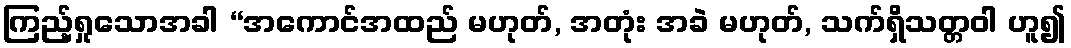
ကြည့်ရှုသောအခါ “အကောင်အထည် မဟုတ်, အတုံး အခဲ မဟုတ်, သက်ရှိသတ္တဝါ ဟူ၍